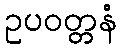
ဥပဝတ္တနံ